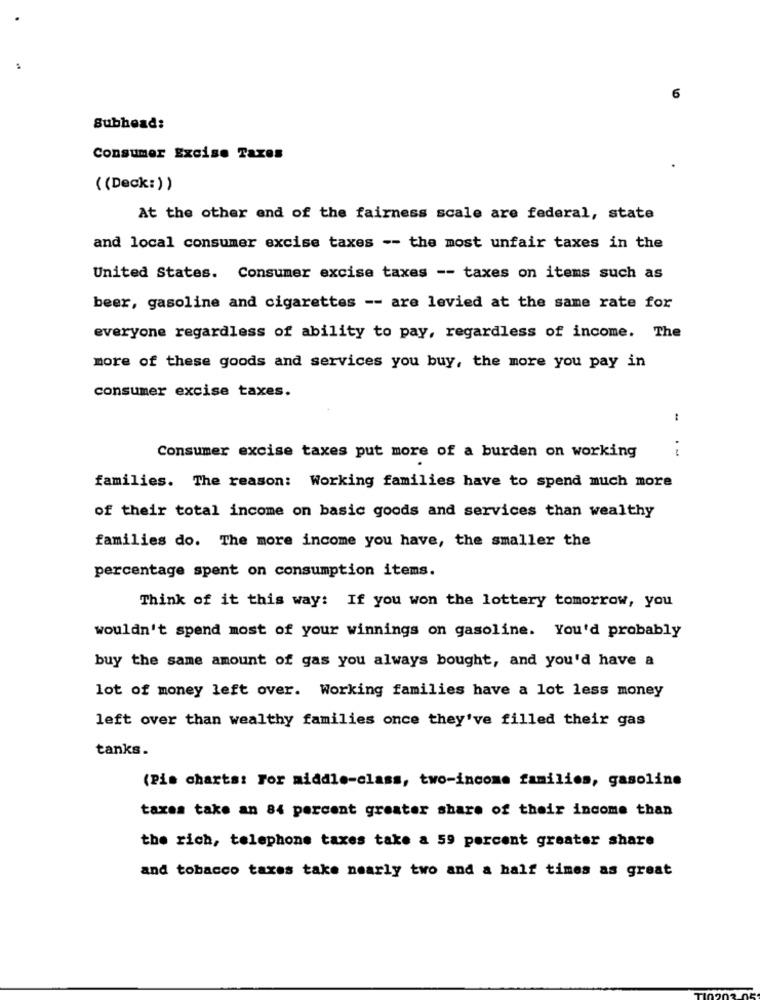
Subhead:
Consumer Excise Taxes
((Deck:) )
At the other end of the fairness scale are federal, state
and local consumer excise taxes -- the most unfair taxes in the
United States. Consumer excise taxes -- taxes on items such as
beer, gasoline and cigarettes -- are levied at the same rate for
everyone regardless of ability to pay, regardless of income. The
more of these goods and services you buy, the more you pay in
consumer excise taxes.
:
Consumer excise taxes put more of a burden on working
families. The reason: Working families have to spend much more
of their total income on basic goods and services than wealthy
families do. The more income you have, the smaller the
percentage spent on consumption items.
Think of it this way: If you won the lottery tomorrow, you
wouldn't spend most of your winnings on gasoline. You'd probably
buy the same amount of gas you always bought, and you'd have a
lot of money left over. Working families have a lot less money
left over than wealthy families once they've filled their gas
tanks.
(Pis charts: For middle-class, two-income families, gasoline
taxes take an 84 percent greater share of their income than
the rich, telephone taxes take a 59 percent greater share
and tobacco taxes take nearly two and a half times as great